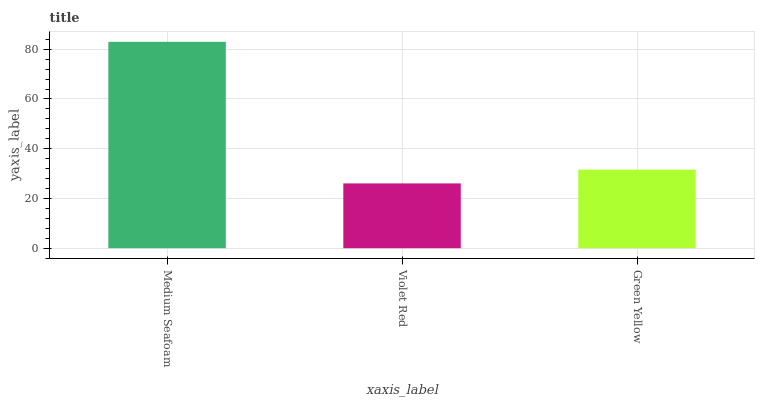
| xaxis_label | bars |
 | --- | --- |
 | Medium Seafoam | 83 |
 | Violet Red | 26.1 |
 | Green Yellow | 31.6 |